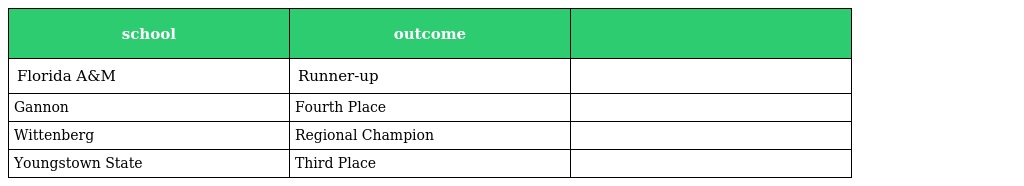
| school | outcome |  |
 | --- | --- | --- |
 | Florida A&M | Runner-up |  |
 | Gannon | Fourth Place |  |
 | Wittenberg | Regional Champion |  |
 | Youngstown State | Third Place |  |